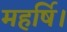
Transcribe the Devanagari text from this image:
महर्षि।